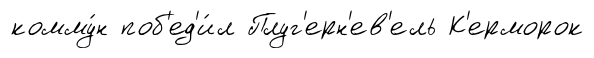
комму́н поб'ед'и́л Плуг'ерн'ев'ель К'ерморок